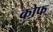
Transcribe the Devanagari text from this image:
कोफ